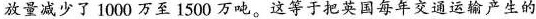
放量减少了1000万至1500万吨。这等于把英国每年交通运输产生的